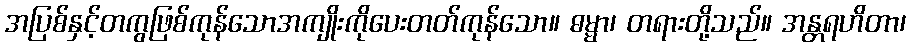
အပြစ်နှင့်တကွဖြစ်ကုန်သောအကျိုးကိုပေးတတ်ကုန်သော။ ဓမ္မာ၊ တရားတို့သည်။ အန္တရဟိတာ၊